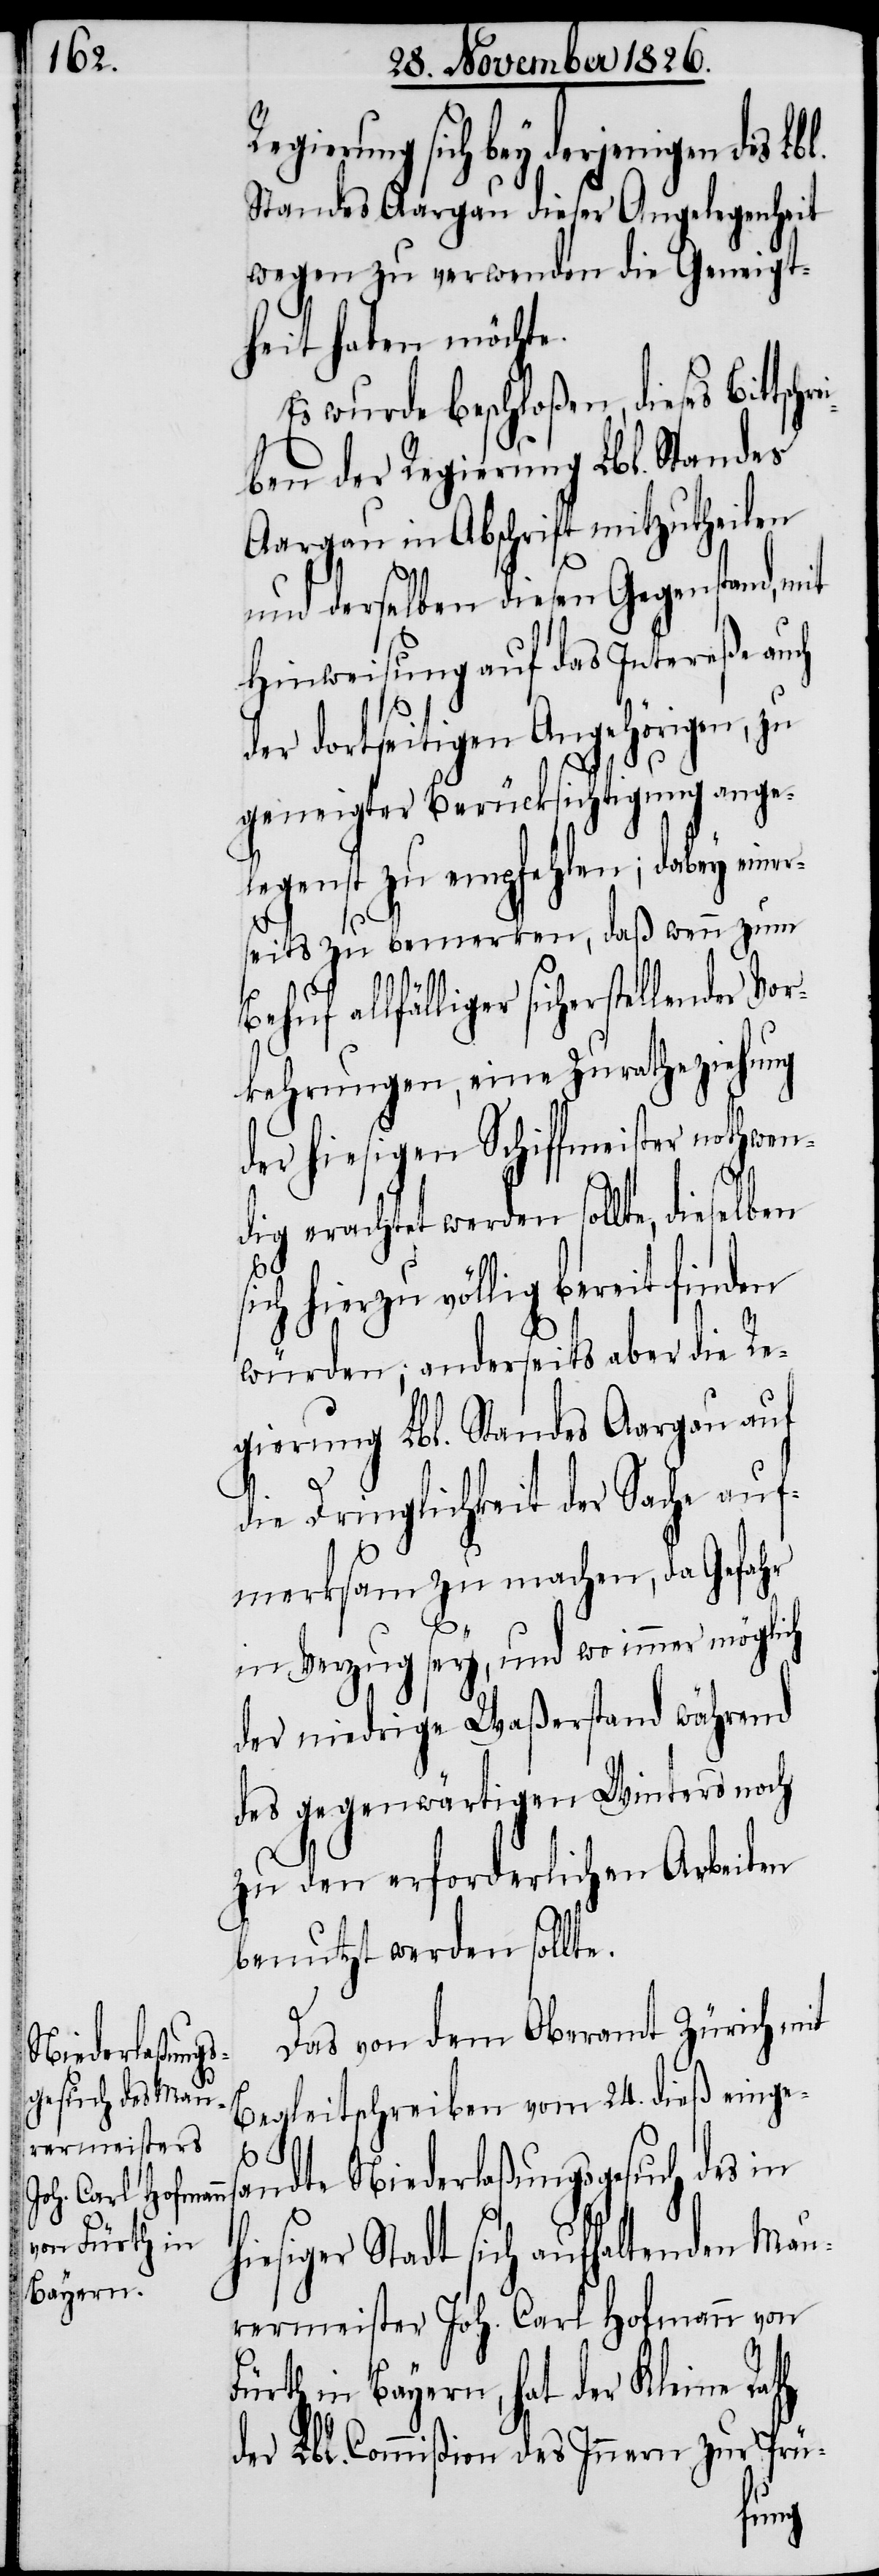
rei¬

Regierung sich bey derjenigen
Standes Aargau dieser Angelegenheit
wegen zu verwenden die Geneigt¬
heit haben möchte.
Es wurde beschloßen, dieses Bittsch¬
ben der Regierung Lbl. Standes
Aargau in Abschrift mitzutheilen
und derselben diesen Gegenstand, mit
Hinweisung auf das Intereße auch
der dortseitigen Angehörigen, zu
geneigter Berücksichtigung ange¬
legenst zu empfehlen; dabey ein¬
erseits zu bemerken, daß wenn zum
allfälliger sicherstellender Vo¬
rkehrungen, eine Zuratheziehung
der hiesigen Schiffmeister nothwen¬
dig erachtet werden sollte, dieselben
hierzu völlig bereit finden
würden; anderseits aber die Re¬
gierung Lbl. Standes Aargau auf
die Dringlichkeit der Sache auf¬
merksam zu machen, da Gefahr
in Verzug sey, und wo immer möglich
der niedrige Waßerstand während
des gegenwärtigen Winters noch
zu den erforderlichen Arbeiten
benutzt werden sollt¬
Das von dem Oberamt Zürich mit
Begleitschreiben vom 24. dieß einges¬
h¬
andte Niederlaßungsgesuch des in
iesiger Stadt sich aufhaltenden Mau¬
rermeister Joh. Carl Hofmann von
Fürth in Bayern, hat der Kleine Rath
der Lbl. Commißion des Innern zur Prü-